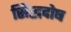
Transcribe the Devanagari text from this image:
सिद्धदोष